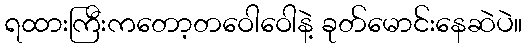
ရထားကြီးကတော့တဝေါဝေါနဲ့ ခုတ်မောင်းနေဆဲပဲ။